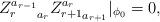
LaTeX: \begin{align*}{Z_r^{a_{r-1}}}_{a_r}{Z_{r+1}^{a_r}}_{a_{r+1}}|_{\phi_0}=0,\end{align*}